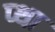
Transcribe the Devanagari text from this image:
प्था